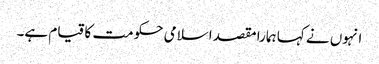
انہوں نے کہا ہمارا مقصد اسلامی حکومت کا قیام ہے۔